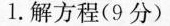
1.解方程(9分)